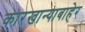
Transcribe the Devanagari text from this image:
कारखान्याबाहेर